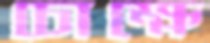
চোক্ষে